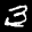
Label: 3